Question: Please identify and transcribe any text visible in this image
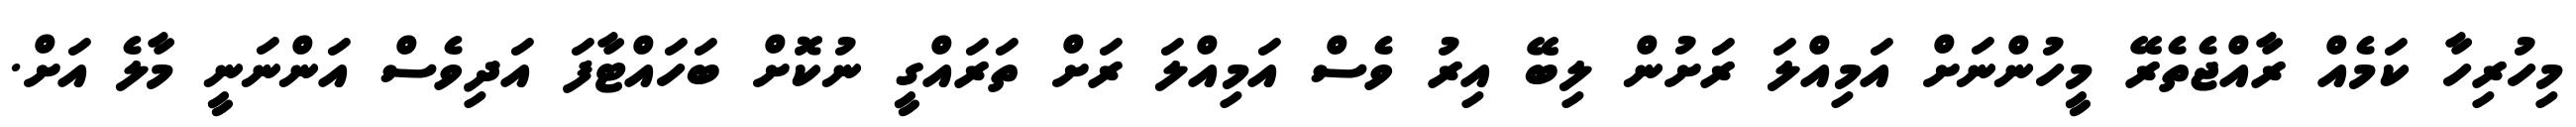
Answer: މިހުރިހާ ކަމެއް ރާއްޖެތެރޭ މީހުންނަށް އަމިއްލަ ރަށުން ލިބޭ އިރު ވެސް އަމިއްލަ ރަށް ތަރައްގީ ނުކޮށް ބަހައްޓާފަ އަދިވެސް އަންނަނީ މާލެ އަށް.